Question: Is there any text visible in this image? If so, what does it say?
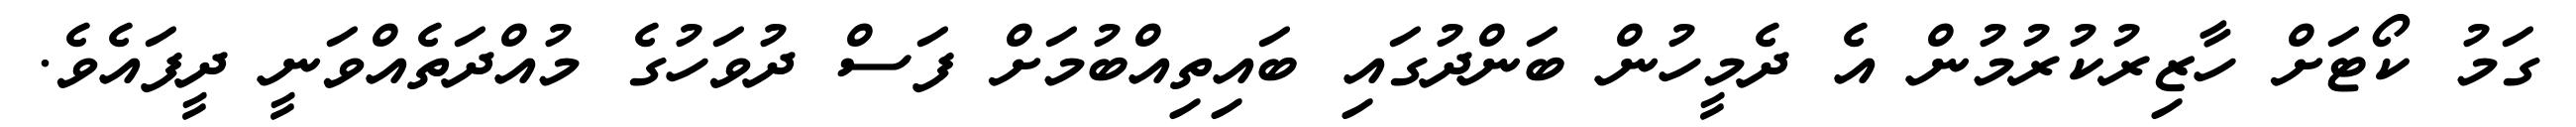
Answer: ގަމު ކޯޓަށް ހާޒިރުކުރުމުން އެ ދެމީހުން ބަންދުގައި ބައިތިއްބުމަށް ފަސް ދުވަހުގެ މުއްދަތެއްވަނީ ދީފައެވެ.